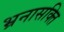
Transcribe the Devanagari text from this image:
भ्रनासक्ति